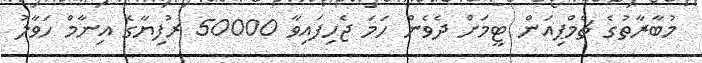
މުބާރާތުގެ ޗެމްޕިއަން ޓީމަށް ދެވެން ހަމަ ޖެހިފައިވާ 50000 ރުފިޔާގެ އިނާމް ހަވާލު